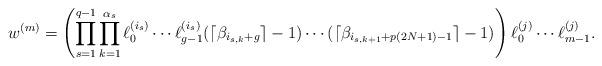
LaTeX: \begin{align*}w^{(m)}=\left(\prod_{s=1}^{q-1} \prod_{k=1}^{\alpha_s}\ell_0^{(i_s)}\cdots \ell_{g-1}^{(i_s)} (\lceil \beta_{i_{s,k}+g}\rceil-1)\cdots (\lceil \beta_{i_{s,k+1}+p(2N+1)-1}\rceil-1)\right) \ell_0^{(j)}\cdots \ell_{m-1}^{(j)}.\end{align*}